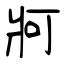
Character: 牁